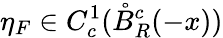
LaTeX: \eta_{F}\in C_{c}^{1}(\mathring{B}_{R}^{c}(-x))